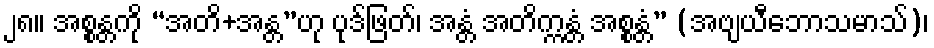
၂၈။ အစ္စန္တကို “အတိ+အန္တ”ဟု ပုဒ်ဖြတ်၊ အန္တံ အတိက္ကန္တံ အစ္စန္တံ” (အဗျယီဘောသမာသ်)၊